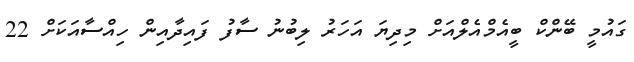
ގައުމީ ބޭންކް ބީއެމްއެލްއަށް މިދިޔަ އަހަރު ލިބުނު ސާފު ފައިދާއިން ހިއްސާއަކަށް 22